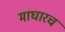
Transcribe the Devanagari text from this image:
माघारच